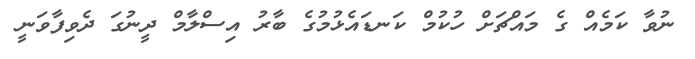
ނުވާ ކަމެއް ގެ މައްޗަށް ހުކުމް ކަނޑައެޅުމުގެ ބާރު އިސްލާމް ދީނުގަ ދެވިފާވަނީ